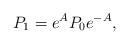
LaTeX: \begin{align*} P_1=e^A P_0 e^{-A},\end{align*}